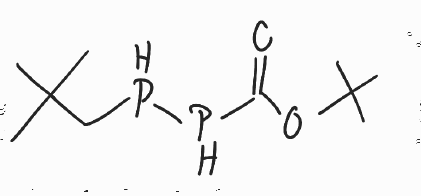
Simplified molecular-input line-entry system (SMILES) notation of the given molecule:
CC(C)(C)CPPC(=O)OC(C)(C)C